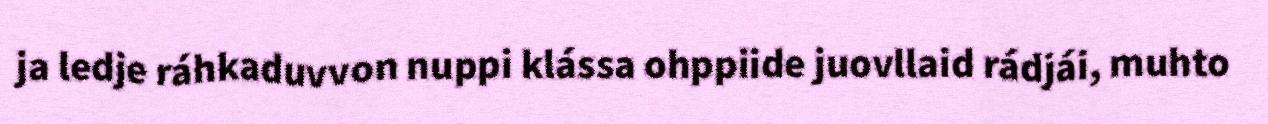
ja ledje ráhkaduvvon nuppi klássa ohppiide juovllaid rádjái, muhto